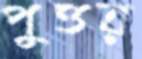
পুত্তর